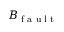
B _ { \textrm { f a u l t } }